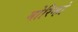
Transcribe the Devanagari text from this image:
मोरिन्हो